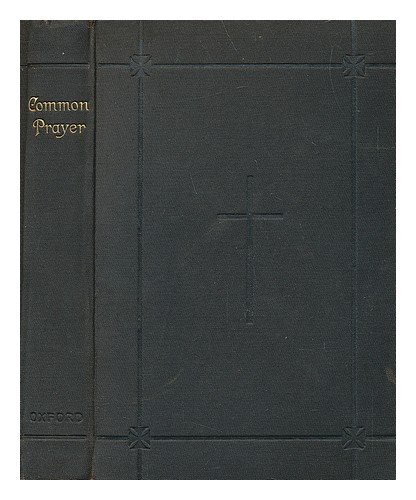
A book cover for The book of common prayer, and administration of the sacraments and other rites and ceremonies of the church, according to the use of the Protestant Episcopal Church in the United States of America; together with the Psalter or Psalms of David; New York Oxford University Press; Christian Books & Bibles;